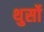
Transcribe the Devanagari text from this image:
थुर्सो